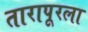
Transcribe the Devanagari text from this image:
तारापूरला